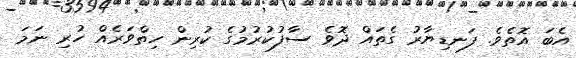
އެބަ އޮތެވެ. ފަނޑިޔާރު ގެތައް ދޮވެ ސާފުކުރުމުގެ ކުރިން ހިތްވަރެއް ހުރި ނަމަ